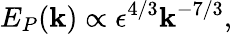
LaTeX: E_{P}(\mathbf{k})\propto\epsilon^{4/3}\mathbf{k}^{-7/3},